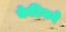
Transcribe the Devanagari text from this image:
केटिनने